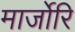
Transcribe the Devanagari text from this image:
मार्जोरि